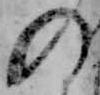
の